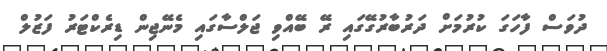
ދުވަސް ފާހަގަ ކުރުމަށް ދަރުބާރުގޭގައި ރޭ ބޭއްވި ޖަލްސާގައި މެނޭޖިން ޑިރެކްޓަރު ފަޒުލް